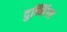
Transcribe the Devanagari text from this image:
दुन्निंगर